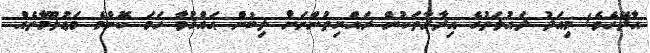
އާދޭހެވެ! މިއަދު ދައުލަތުގެ އިދާރާތަކުން ރައްޔިތުންނަށް ލިބުން ޙައްޤުވާ ހަމަ ކޮންމެ މަޢުލޫމާތެއް